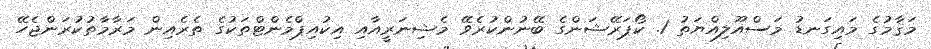
މަޤާމުގެ މައިގަނޑު މަސްއޫލިއްޔަތު 1. ކޯޕަރޭޝަންގެ ބޭނުންކުރެވޭ މެޝިނަރީއާއި އިކުއިޕްމެންޓްތަކުގެ ތެރެއިން މަރާމާތުކުރަންޖެހޭ